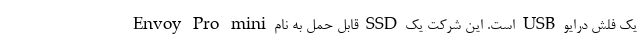
یک فلش درایو USB است. این شرکت یک SSD قابل حمل به نام Envoy Pro mini